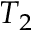
T _ { 2 }